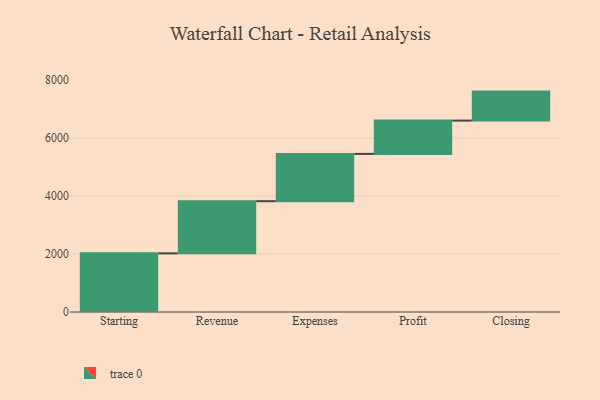
{"axis": {"x": "Step", "y": "Value"}, "legend": [""], "data": [{"x": "Starting", "y": 2022.0, "type": ""}, {"x": "Revenue", "y": 1799.0, "type": ""}, {"x": "Expenses", "y": 1631.0, "type": ""}, {"x": "Profit", "y": 1148.0, "type": ""}, {"x": "Closing", "y": 1000, "type": ""}]}